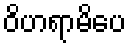
ဝိဟရာမိပေ